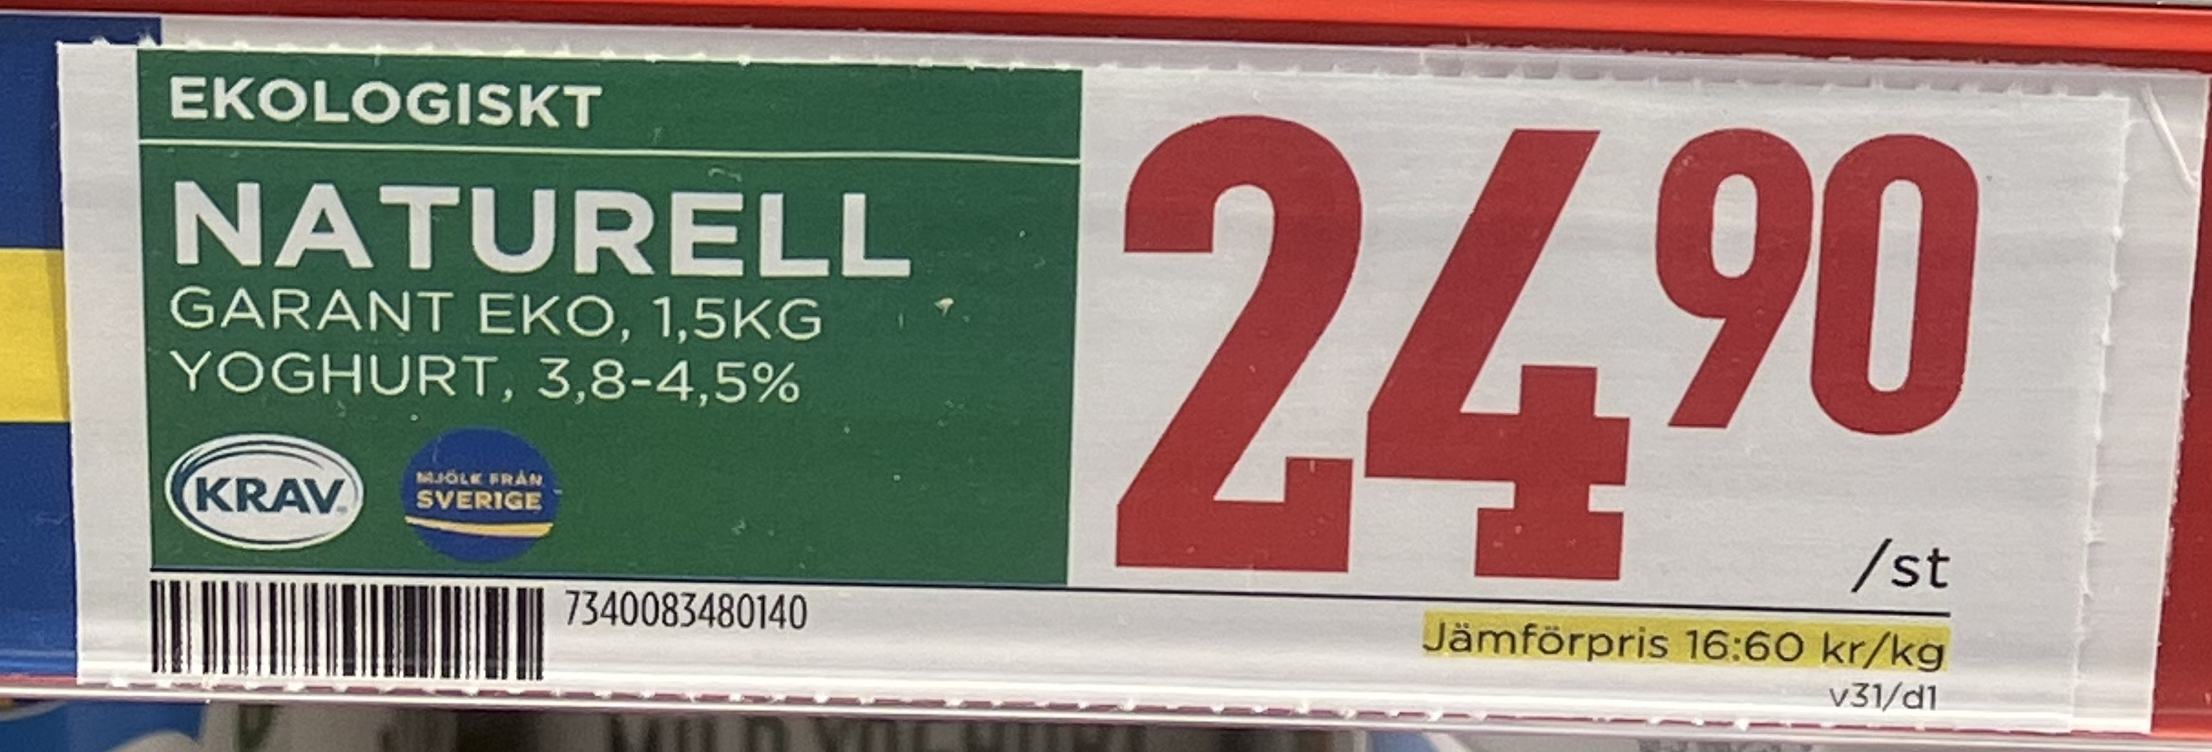
Vara: Naturell Yoghurt
Genomsnittspris: 16.6 per kg